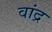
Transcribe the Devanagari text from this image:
वांद्र